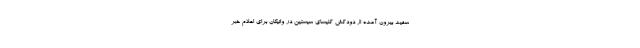
سفید بیرون آمده از دودکش کلیسای سیستین در واتیکان برای اعلام خبر